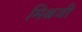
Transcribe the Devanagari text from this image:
मिश्रजी